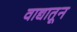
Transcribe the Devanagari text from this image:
वाद्यातून